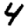
Digit: 4